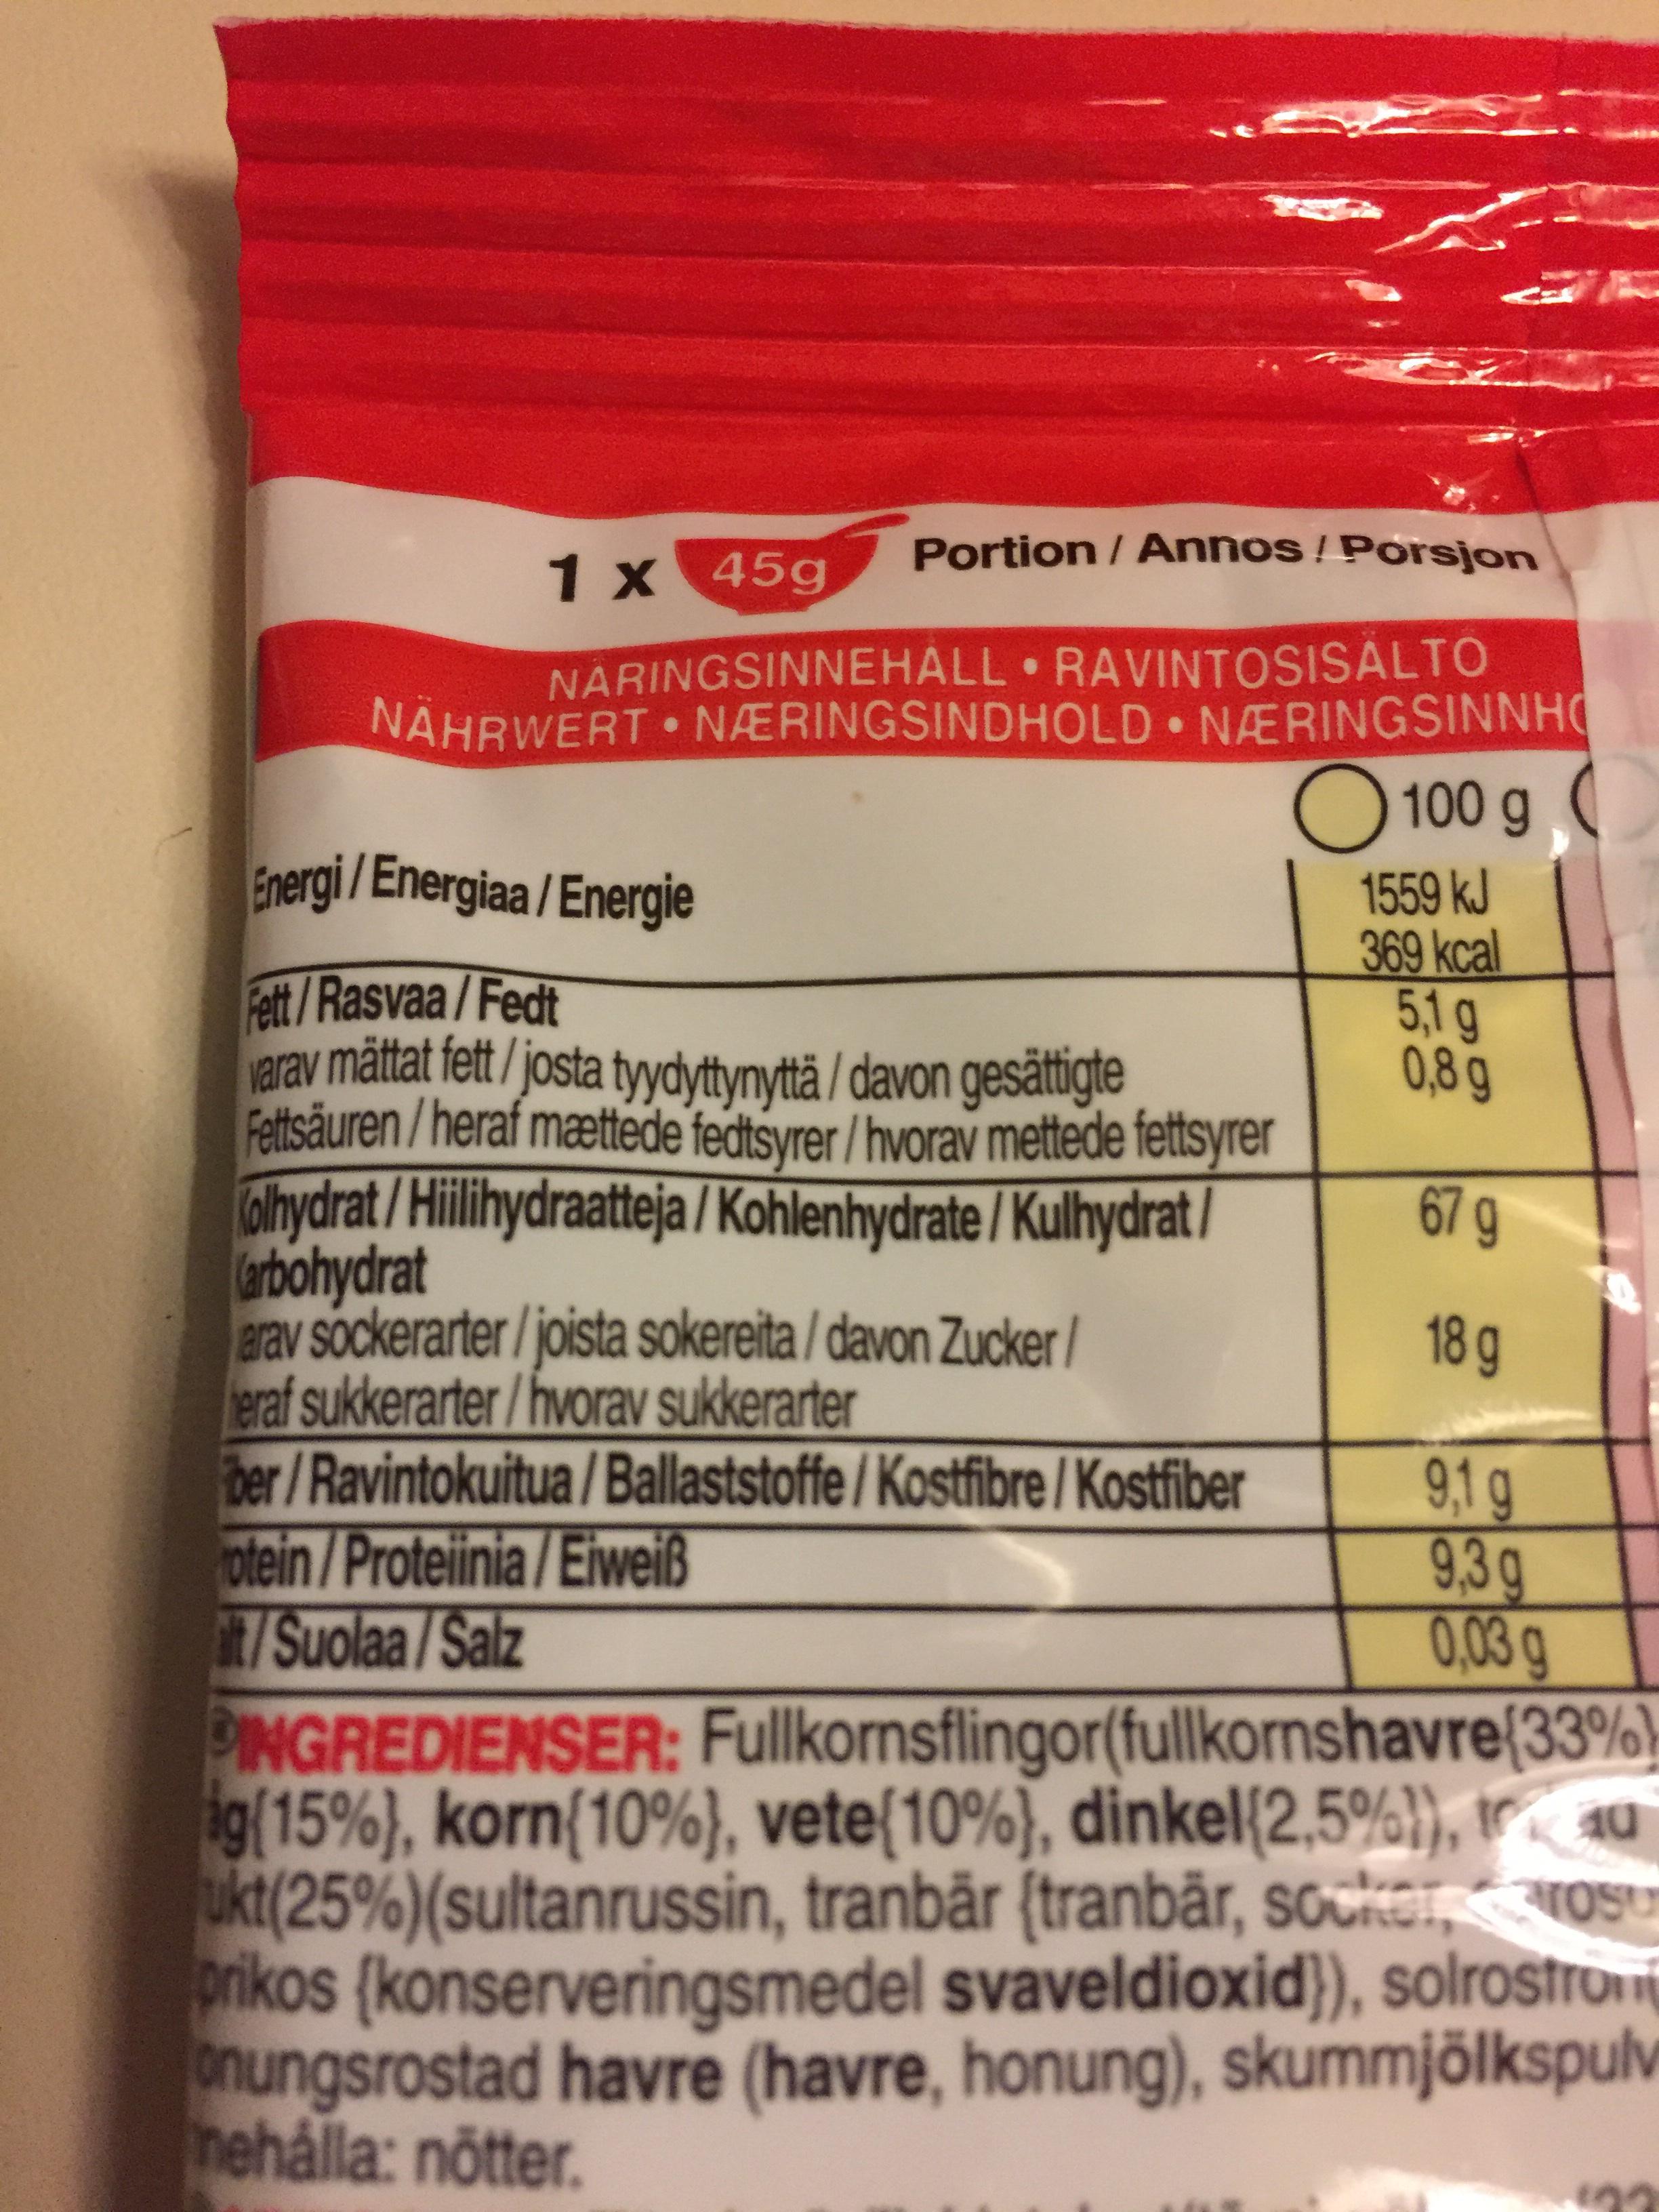
Portion / Annos! Porsjon
1 x 45g
NÁRINGSINNEHÁLL RAVINTOSISALTO NÄHRWERT • NÆRINGSINDHOLD • NÆRINGSINNHO
O 100 g
Energi/Energiaa/Energie
1559 kJ 369 kcal 5,1 g 0,8g
Fett/Rasvaa/Fedt arav mättat fett / josta tyydyttynyttä / davon gesättigte Fettsäuren/heraf mættede fedtsyrer / hvorav mettede fettsyrer Colhydrat/Hillihydraatteja/Kohlenhydrate / Kulhydrat / erbohydrat erav sockerarter/joista sokereita / davon Zucker/ eraf sukkerarter/hvorav sukkerarter Bber/Ravintokuitua / Ballaststoffe / Kostfibre /Kostíiber otein/Proteiinia/ Eiweiß /Suolaa/Salz
67g
18 g
9,1 g 9,3g 0,03g
BINGREDIENSER: Fullkornsflingor(fullkornshavre(33%) ig(15%}, korn{10%}, vete{10%}, dinkel{2,5%}), ir, au ukt(25%)(sultanrussin, tranbār {tranbār, Souker, KOSU prikos (konserveringsmedel svaveldioxid}), solrostro onungsrostad havre (havre, honung), skummjölkspulv nehálla: nötter.